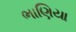
ભાણિયા